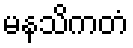
မနသိကတံ